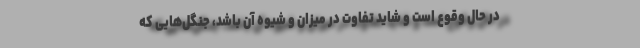
در حال وقوع است و شاید تفاوت در میزان و شیوه‌ آن باشد، جنگل‌هایی که